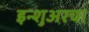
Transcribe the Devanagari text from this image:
इन्‍शुअरचा